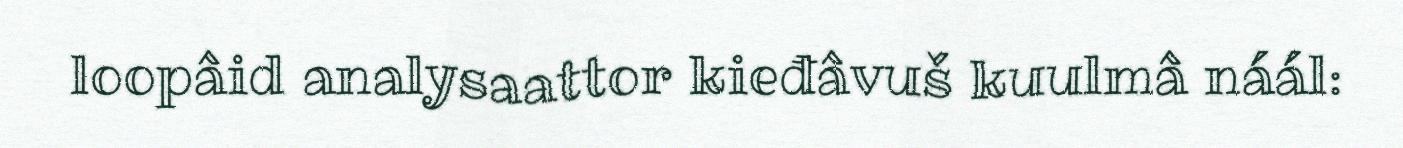
loopâid analysaattor kieđâvuš kuulmâ náál: